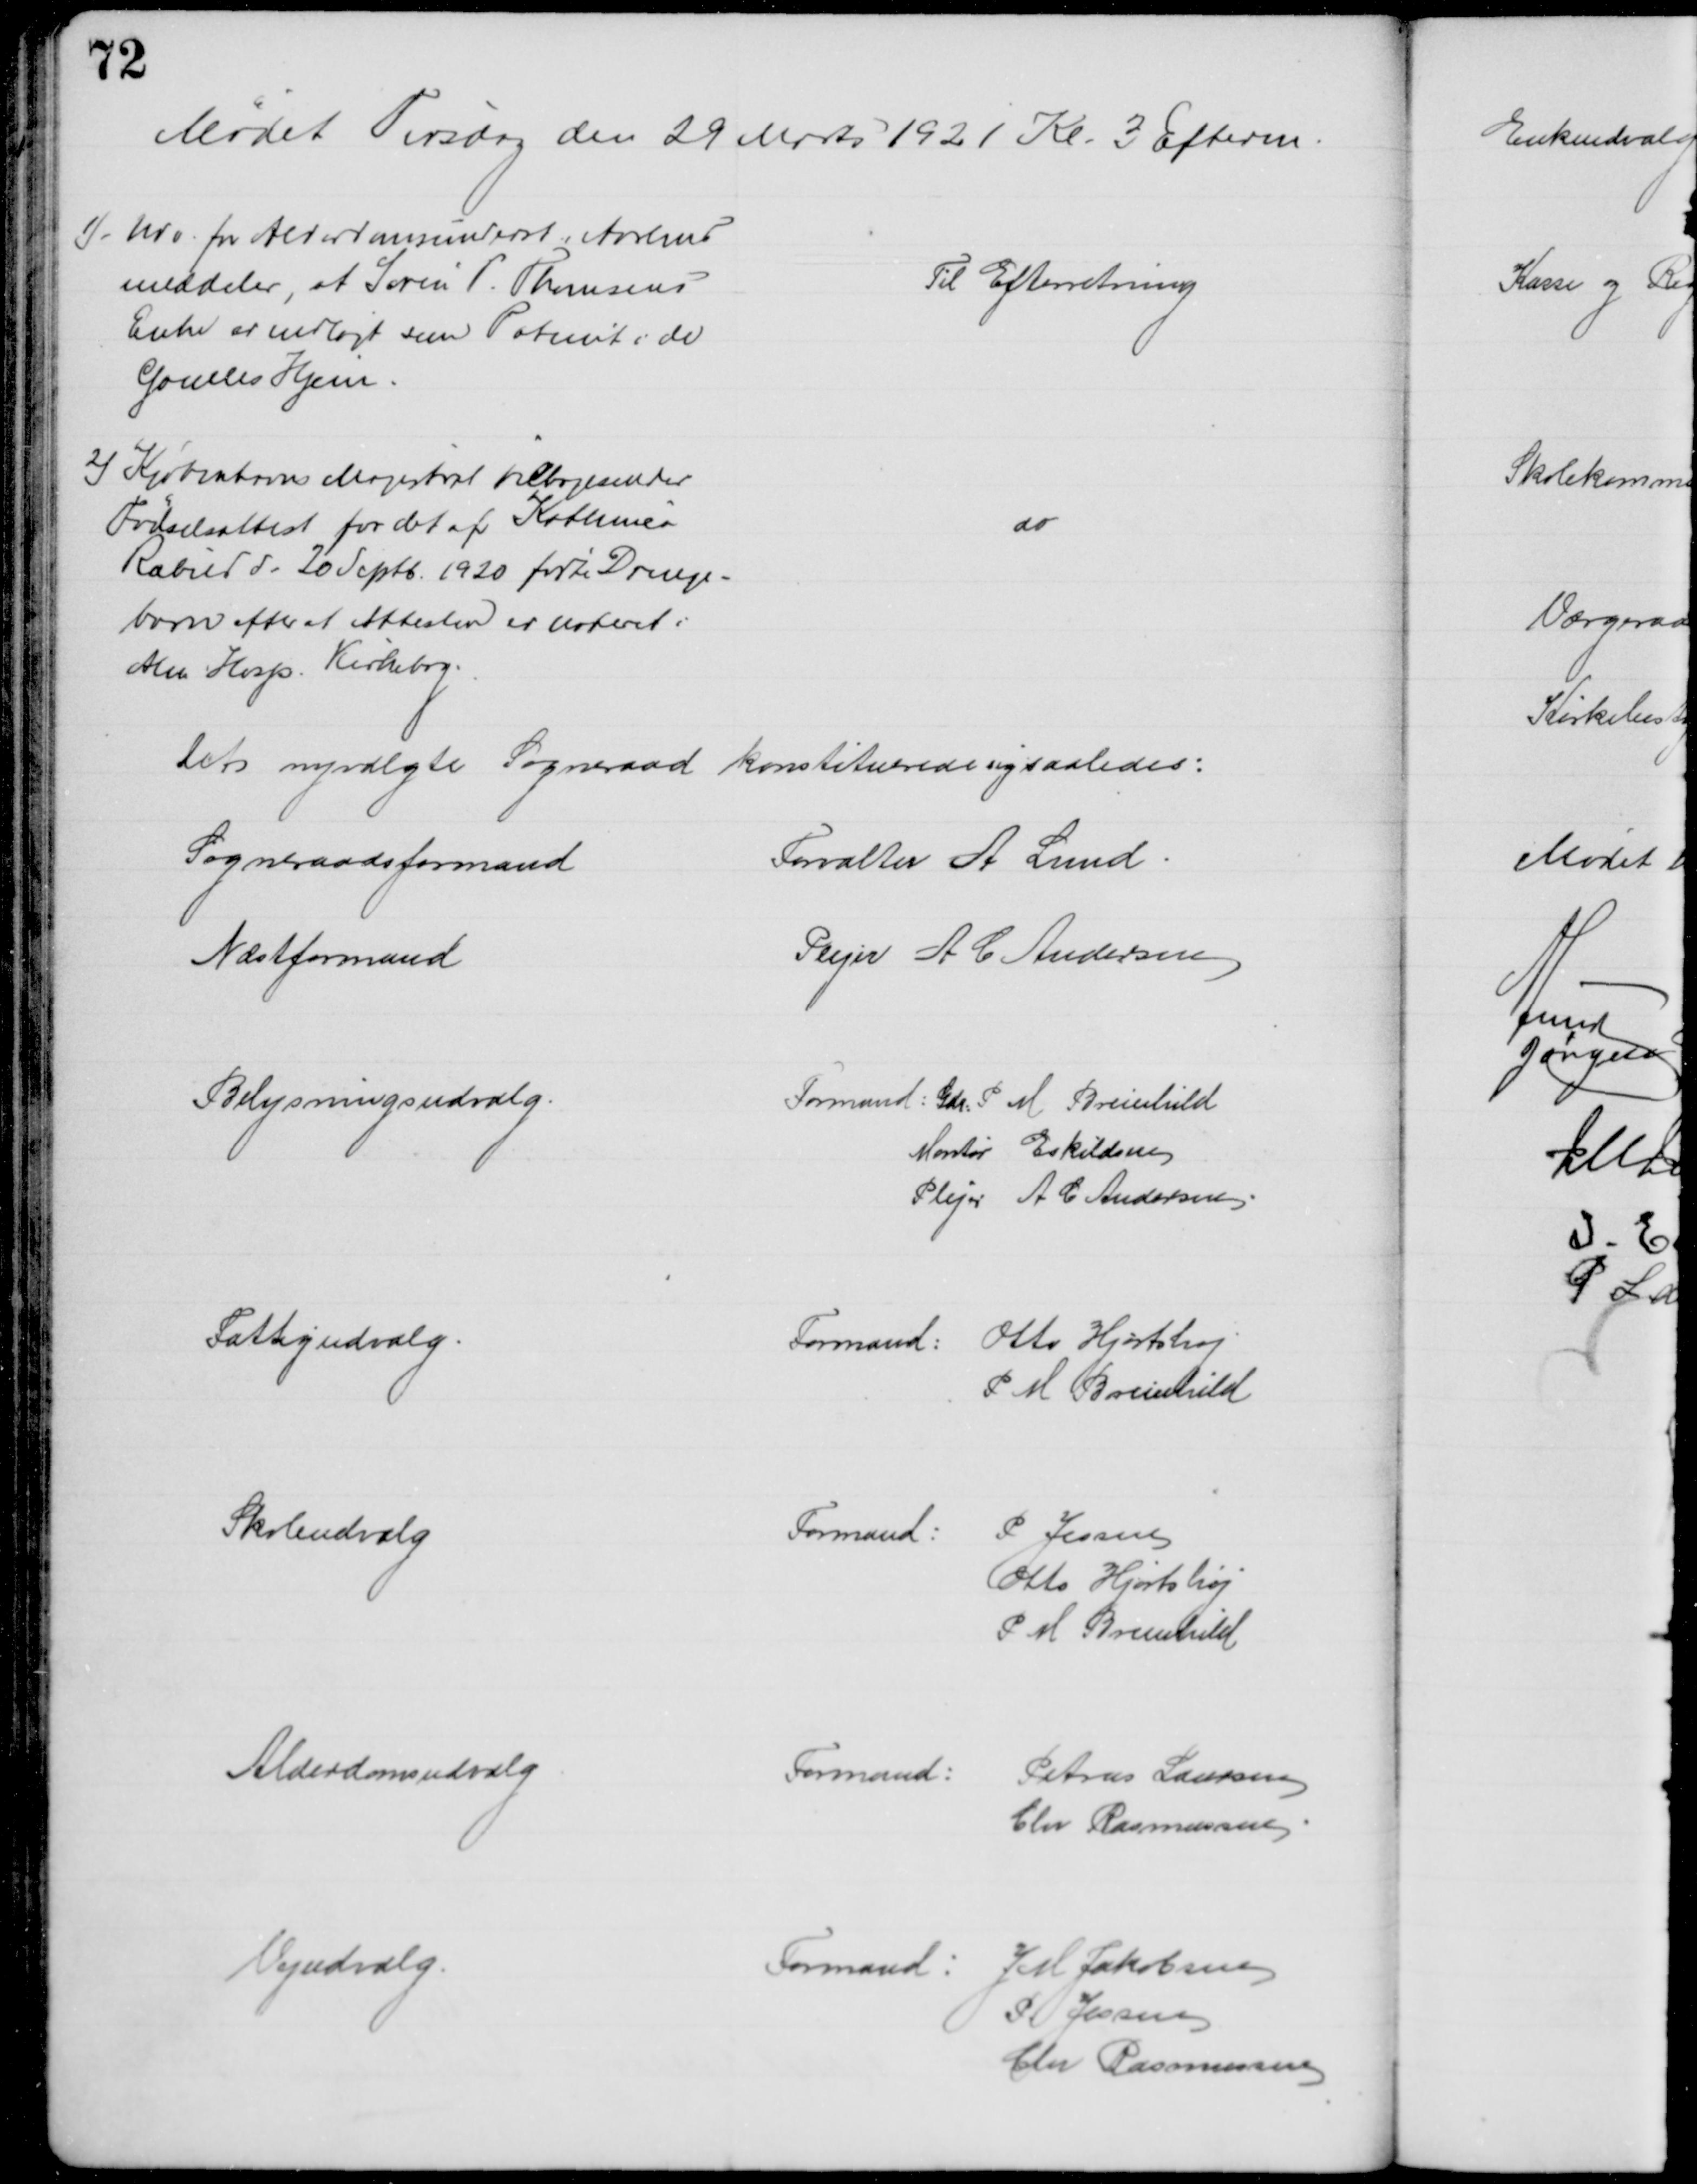
Transskription:
Mødet Tirsdag den 29 Marts 1921 Kl. 3 Efterm.
1). Udv. for Alderdomsunderst. i Aarhus
meddeler, at Søren P. Thomsens
Enke er indlagt som Patent i de
Gamles Hjem.
Til Efterretning
2) Kjøbenhavns Magistrat tilbagesender
Fødselsattest for det af Kathrinca
Ræbild d. 20 Septb. 1920 fødte Drenge-
barn efter at Attesten er noteret i
Alm. Hosp. Kirkebog.
do
Det nyvalgte Sogneraad konstituerede sig saaledes:
Sogneraadsformand
Forvalter A. Lund
Næstformand
Plejer A C Andersen
Belysningsudvalg
Formand: Gdr. P M Breinhild
Montør Eskildsen
Plejer A C Andersen
Fattigudvalg
Formand: Otto Hjortshøj
P M Breinhild
Skoleudvalg
Formand: P. Jessen
Otto Hjortshøj
P. M. Breinhild
Alderdomsudvalg
Formand: Petrus Laursen
Chr Rasmussen
Vejudvalg
Formand: J M Jakobsen
P Jessen
Chr Rasmussen